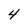
Character: 4